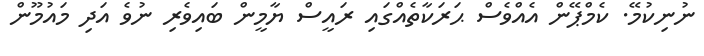
ނުނިކުމޭ. ކެމްޕޭން އެއްވެސް ޙަރަކާތެއްގައި ރައީސް ޔާމީން ބައިވެރި ނުވެ އަދި މައުމޫން